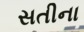
સતીના